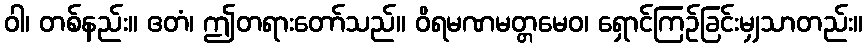
ဝါ၊ တစ်နည်း။ ဧတံ၊ ဤတရားတော်သည်။ ဝိရမဏမတ္တမေဝ၊ ရှောင်ကြဉ်ခြင်းမျှသာတည်း။